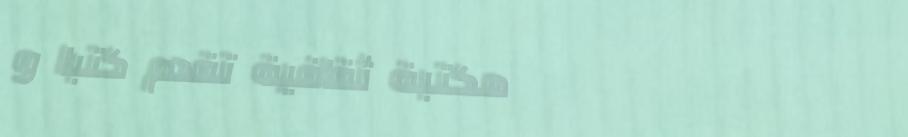
مكتبة ثقافية تقدم كتبًا و